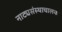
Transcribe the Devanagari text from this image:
नाट्यसंस्थाचालक